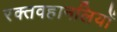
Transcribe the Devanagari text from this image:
रक्तवहानलियों